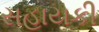
સહાયકી